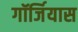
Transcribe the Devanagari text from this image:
गॉर्जियास